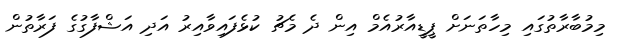
މިމުބާރާތުގައި މިހާތަނަށް ޕީޑީއާރުއެމް އިން ދެ މެޗު ކުޅެފައިވާއިރު އަދި އަޝްފާގުގެ ފަރާތުން